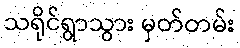
သရိုင်ရွာသွား မှတ်တမ်း